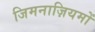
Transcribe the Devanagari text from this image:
जिमनाज़ियमों